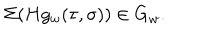
LaTeX: \Sigma ( H g _ { w } ( \tau , \sigma ) ) \in G _ { w } .